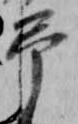
弔